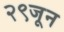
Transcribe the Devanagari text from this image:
२९जून